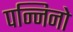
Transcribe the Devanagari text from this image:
पन्निनो